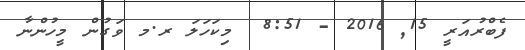
ފެބްރުއަރީ 15